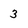
Character: 3